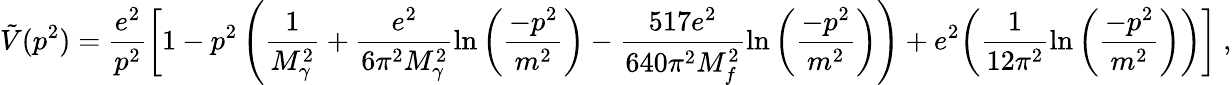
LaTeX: \tilde{V}(p^{2})=\frac{e^{2}}{p^{2}}\biggl[1-p^{2}\left(\frac{1}{M_{\gamma}^{2}}+\frac{e^{2}}{6\pi^{2}M_{\gamma}^{2}}\ln\left(\frac{-p^{2}}{m^{2}}\right)-\frac{517e^{2}}{640\pi^{2}M_{f}^{2}}\ln\left(\frac{-p^{2}}{m^{2}}\right)\right)+e^{2}\biggl(\frac{1}{12\pi^{2}}\ln\left(\frac{-p^{2}}{m^{2}}\right)\biggr)\biggr]\ ,